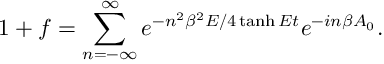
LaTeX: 1 + f = \sum _ { n = - \infty } ^ { \infty } e ^ { - n ^ { 2 } \beta ^ { 2 } E / 4 \operatorname { t a n h } E t } e ^ { - i n \beta A _ { 0 } } .